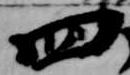
四